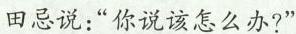
田忌说：”你说该怎么办?”